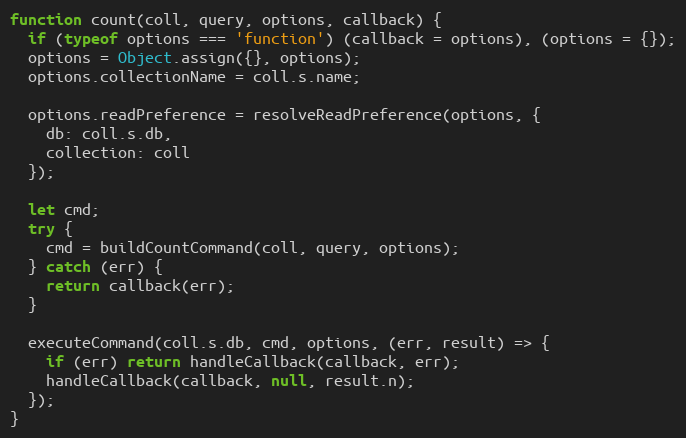
Language: JavaScript
function count(coll, query, options, callback) {
  if (typeof options === 'function') (callback = options), (options = {});
  options = Object.assign({}, options);
  options.collectionName = coll.s.name;

  options.readPreference = resolveReadPreference(options, {
    db: coll.s.db,
    collection: coll
  });

  let cmd;
  try {
    cmd = buildCountCommand(coll, query, options);
  } catch (err) {
    return callback(err);
  }

  executeCommand(coll.s.db, cmd, options, (err, result) => {
    if (err) return handleCallback(callback, err);
    handleCallback(callback, null, result.n);
  });
}